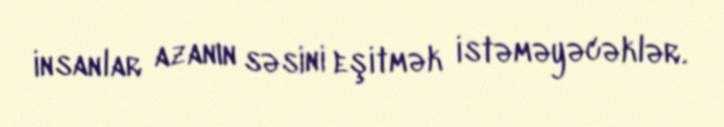
insanlar azanın səsini eşitmək istəməyəcəklər.